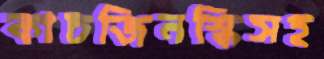
কাচজিনস্কিসহ